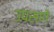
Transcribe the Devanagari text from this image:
उपसणें